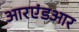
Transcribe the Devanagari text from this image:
आरएंडआर